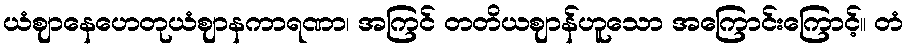
ယံဈာနေဟေတုယံဈာနကာရဏာ၊ အကြင် တတိယဈာန်ဟူသော အကြောင်းကြောင့်။ တံ